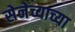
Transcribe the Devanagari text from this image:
सेनेच्याच्या